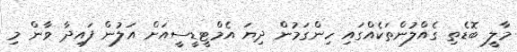
މާލީ ބޮޑެތި ގެއްލުންތަކެއްގައި ހިންގަމުން ދިޔަ އެމްޓީޑީސީއަށް އަލުން ފައިދާ ވާން މި